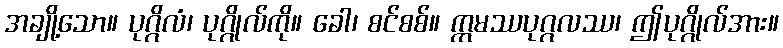
အချို့သော။ ပုဂ္ဂိလံ၊ ပုဂ္ဂိုလ်ကို။ ခေါ၊ စင်စစ်။ ဣမဿပုဂ္ဂလဿ၊ ဤပုဂ္ဂိုလ်အား။